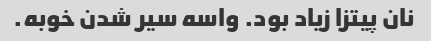
نان پیتزا زیاد بود. واسه سیر شدن خوبه.